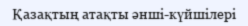
Қазақтың атақты әнші-күйшілері